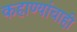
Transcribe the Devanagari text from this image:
कहाण्यांचाही